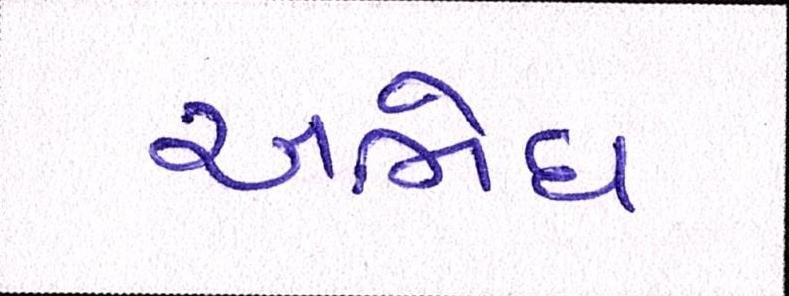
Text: અભેધ